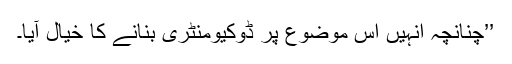
’’چنانچہ انہیں اس موضوع پر ڈوکیومنٹری بنانے کا خیال آیا۔